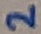
Text: 2